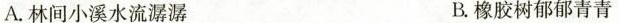
A.林间小溪水流潺潺 B.橡胶树郁郁青青